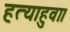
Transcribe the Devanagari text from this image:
हत्याहुवा।